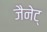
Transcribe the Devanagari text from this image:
जैनेट्